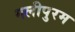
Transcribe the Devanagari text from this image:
गलीपुरम